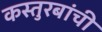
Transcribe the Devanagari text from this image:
कस्तुरबांची